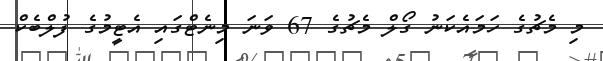
މި މެޗުގެ ހަމައެކަނު ގޯލް މެޗުގެ 67 ވަނަ މިނެޓްގައި އެޓީމުގެ ފުލްބެކް